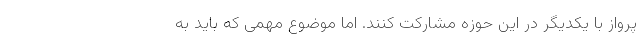
پرواز با یکدیگر در این حوزه مشارکت کنند. اما موضوع مهمی که باید به